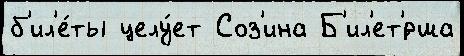
б'ил'е́ты целу́ет Соз'ина Б'ил'ет'́рша